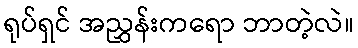
ရုပ်ရှင် အညွှန်းကရော ဘာတဲ့လဲ။